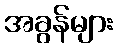
အခွန်များ